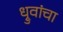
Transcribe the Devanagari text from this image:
ध्रुवांचा